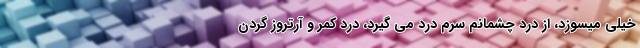
خیلی میسوزد، از درد چشمانم سرم درد می گیرد، درد کمر و آرتروز گردن